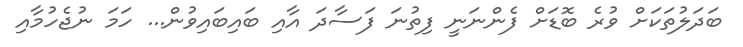
ބަދަލުތަކަށް ވުރެ ބޮޑަށް ފެންނަނީ ފިތުނަ ފަސާދަ އާއި ބައިބައިވުން... ހަމަ ނުޖެހުމާއި